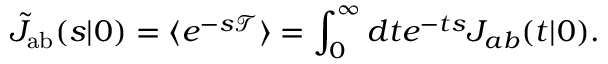
\tilde { J } _ { \mathrm { { a b } } } ( s | \r _ { 0 } ) = \langle e ^ { - s \mathcal { T } } \rangle = \int _ { 0 } ^ { \infty } d t e ^ { - t s } J _ { a b } ( t | \r _ { 0 } ) .